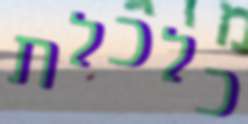
כלכלת